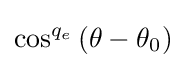
\cos ^{q_{e}}\left({\theta -\theta _{0}}\right)